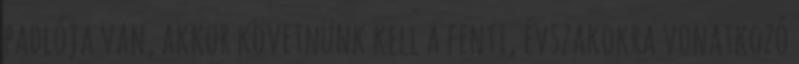
padlója van, akkor követnünk kell a fenti, évszakokra vonatkozó